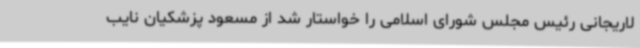
لاریجانی رئیس مجلس شورای اسلامی را خواستار شد از مسعود پزشکیان نایب